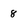
Character: 8